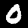
Label: 0